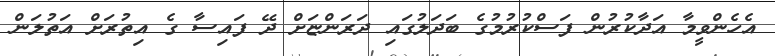
އެހެންވީމާ އަދާކުރުން ފަސްކުރުމުގެ ބަދަލުގައި ދަރަންޏަށް ދޭ ފައިސާ ގެ އިތުރަށް އަތުލަން